Veterinary regulations India, 1939 -
Year: 1939
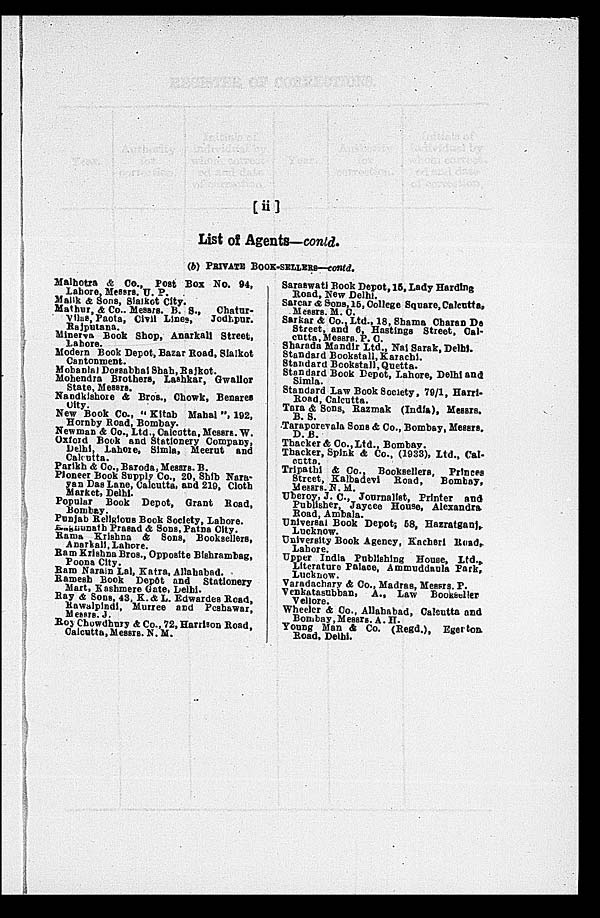
[ii]
List of Agents—contd.
(b) PRIVATE BOOK-SELLERS—contd.
Malhotra & Co., Post Box No. 94,
Lahore, Messrs. U. P.
Malik & Sons, Sialkot City.
Mathur, & Co., Messrs. B. S., Chatur-
Vilas, Paota, Civil Lines,
Jodhapur.
Rajputana.
Minerva Book Shop, Anarkali Street,
Lahore.
Modern Book Depot, Bazar Road, Sialkot
Cantonment.
Mohanlal Dossabhai Shah, Rajkot.
Mohendra Brothers, Lashkar, Gwalior
State, Messrs.
Nandkishore & Bros., Chowk, Benares
City.
New Book Co., " Kitab Mahal ", 192,
Hornby Road, Bombay.
Newman & Co., Ltd., Calcutta, Messrs. W.
Oxford Book and Stationery Company,
Delhi, Lahore, Simla, Meerut and
Calcutta.
Parikh & Co., Baroda, Messrs. B.
Pioneer Book Supply Co., 20, Shib Nara-
yan Das Lane, Calcutta and 219, Cloth
Market, Delhi.
Popular Book Depot, Grant Road,
Bombay.
Punjab Religious Book Society, Lahore.
Raghunath Prasad & Sons, Patna City.
Rama Krishna & Sons, Booksellers,
Anarkali, Lahore.
Ram Krishna Bros., Opposite Bishrambag,
Poona City.
Ram Narain Lal, Katra, Allahabad.
Ramesh Book Depôt and Stationery
Mart, Kashmere Gate, Delhi.
Ray & Sons, 43, K. & L. Edwardes Road,
Rawalpindi, Murree and Peshawar,
Messrs. J.
Roj Chowdhury & Co., 72, Harrison Road,
Calcutta, Messrs. N. M.
Saraswati Book Depot, 15, Lady Harding
Road, New Delhi.
Sarcar & Sons, 15, College Square, Calcutta,
Messrs. M. C.
Sarkar & Co., Ltd., 18, Shama Charan De
Street, and 6, Hastings Street, Cal-
cutta, Messrs. P. C.
Sharada Mandir Ltd., Nai Sarak, Delhi.
Standard Bookstall, Karachi.
Standard Bookstall, Quetta.
Standard Book Depot, Lahore, Delhi and
Simla.
Standard Law Book Society, 79/1, Harri-
Road, Calcutta.
Tara & Sons, Razmak (India), Messrs.
B. S.
Taraporevala Sons & Co., Bombay, Messrs.
D. B.
Thacker & Co., Ltd., Bombay.
Thacker, Spink & Co., (1933), Ltd., Cal-
cutta.
Tripathi & Co., Booksellers, Princes
Street, Kalbadevi
Road,
Bombay,
Messrs, N. M.
Uberoy, J. C., Journalist, Printer and
Publisher, Jaycee House, Alexandra
Road, Ambala.
Universal Book Depot; 58, Hazratganj,
Lucknow.
University Book Agency, Kacheri Road,
Lahore.
Upper India Publishing House, Ltd.,
Literature Palace, Ammuddaula Park,
Lucknow.
Varadachary & Co., Madras, Messrs. P.
Venkatasubban, A., Law Bookseller
Vellore.
Wheeler & Co., Allahabad, Calcutta and
Bombay, Messrs. A. II.
Young Man & Co. (Regd.), Egerton.
Road, Delhi.